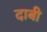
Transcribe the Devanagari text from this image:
दाबी